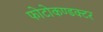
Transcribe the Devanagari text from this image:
फोटोकण्डक्टर